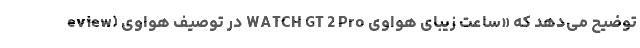
eview) در توصیف هواوی WATCH GT 2 Pro توضیح می‌دهد که «ساعت زیبای هواوی